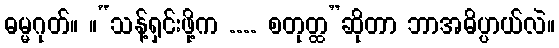
ဓမ္မဂုတ်။ ။“သန့်ရှင်းဖို့က .... စတုတ္ထ”ဆိုတာ ဘာအဓိပ္ပာယ်လဲ။